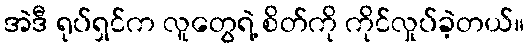
အဲဒီ ရုပ်ရှင်က လူတွေရဲ့ စိတ်ကို ကိုင်လှုပ်ခဲ့တယ်။